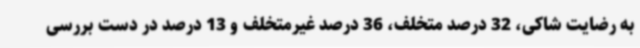
به رضایت شاکی، 32 درصد متخلف، 36 درصد غیرمتخلف و 13 درصد در دست بررسی